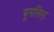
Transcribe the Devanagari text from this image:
युगतिल